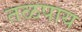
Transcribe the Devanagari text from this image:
तळपाय